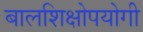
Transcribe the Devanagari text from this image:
बालशिक्षोपयोगी